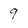
Character: 9